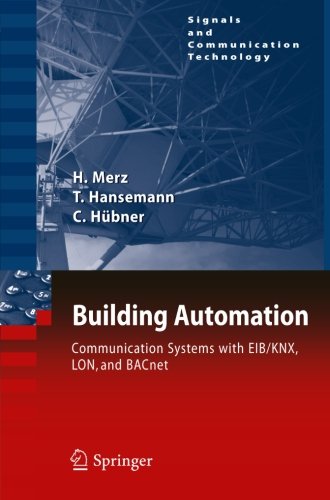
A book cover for Building Automation: Communication systems with EIB/KNX, LON and BACnet (Signals and Communication Technology); Hermann Merz; Computers & Technology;